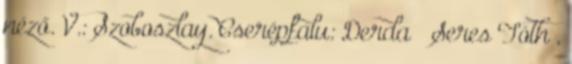
néző. V.: Szoboszlay. Cserépfalu: Derda – Seres Tóth ,